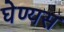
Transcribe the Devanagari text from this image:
घेण्यस